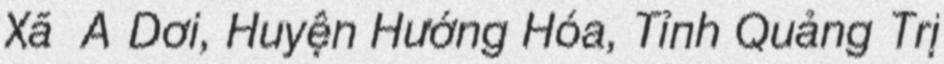
Xã  A Dơi, Huyện Hướng Hóa, Tỉnh Quảng Trị